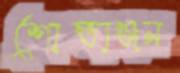
শোভাঞ্জন